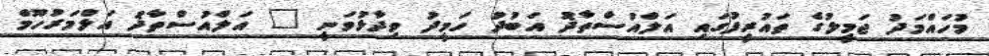
މުހައްމަދު ޖަމީލުގެ ތައުރީފުގައި އަލްއުސްތާޛު އަބުދު ހަމީދު ވިދާޅުވަނީ " އަލްއުސްތާޛު އަލްމަރުހޫމް